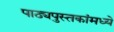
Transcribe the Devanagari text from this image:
पाठ्यपुस्तकांमध्ये